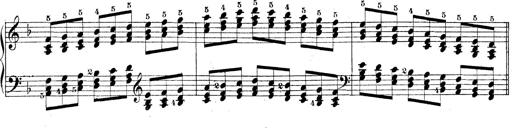
Title: Technische Studien
Composer: Franz Liszt